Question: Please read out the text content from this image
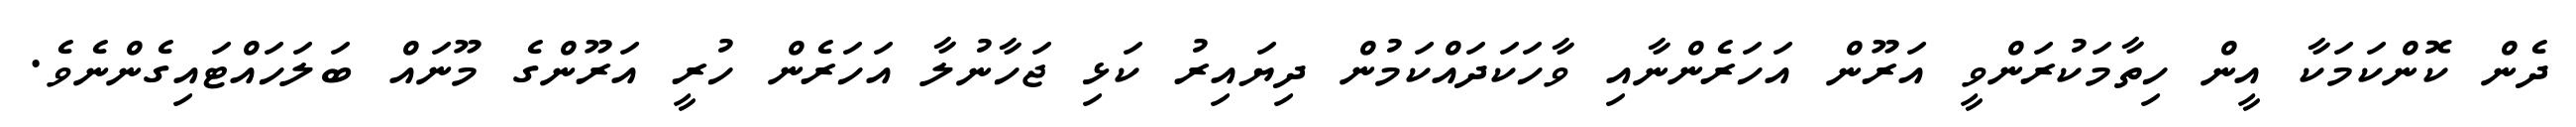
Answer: ދެން ކޮންކަމަކާ އީން ހިތާމަކުރަންވީ އަރޫން އަހަރެންނާއި ވާހަކަދައްކަމުން ދިޔައިރު ކަޅި ޖަހާނުލާ އަހަރެން ހުރީ އަރޫންގެ މޫނައް ބަލަހައްޓައިގެންނެވެ.